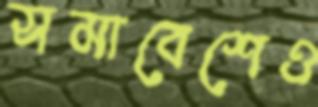
সমাবেশেও